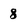
Character: 8